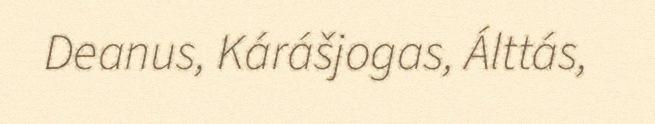
Deanus, Kárášjogas, Álttás,